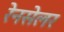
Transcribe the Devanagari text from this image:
रेनसेलर